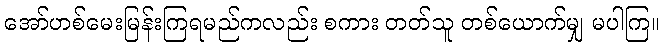
အော်ဟစ်မေးမြန်းကြရမည်ကလည်း စကား တတ်သူ တစ်ယောက်မျှ မပါကြ။